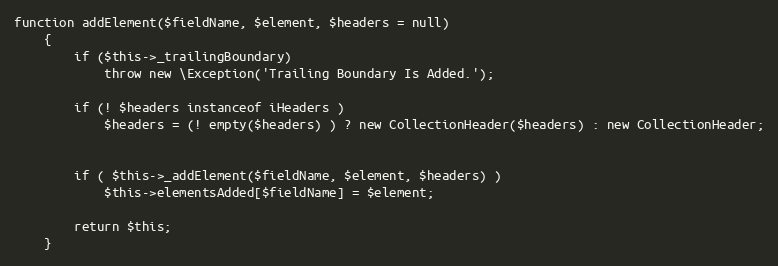
Language: PHP
function addElement($fieldName, $element, $headers = null)
    {
        if ($this->_trailingBoundary)
            throw new \Exception('Trailing Boundary Is Added.');

        if (! $headers instanceof iHeaders )
            $headers = (! empty($headers) ) ? new CollectionHeader($headers) : new CollectionHeader;

        if ( $this->_addElement($fieldName, $element, $headers) )
            $this->elementsAdded[$fieldName] = $element;

        return $this;
    }